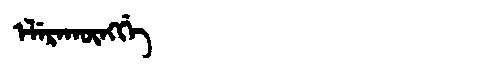
Manchu: ᡝᠯᡝᡵᠠᡴᡡᠩᡤᡝ
Romanization: ELERAKŪNGGE